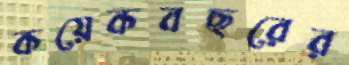
কয়েকবছরের